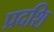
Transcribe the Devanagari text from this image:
प्रदशि